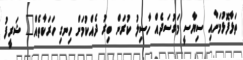
ތަޅާފޮޅުމަށާއި ސިޔާސީ މަގުސަދެއް ހާސިލު ކުރަން ބިރު ދެއްކުމަށް ހިނގި ހަރަކާތެއް" ޝަރީފު